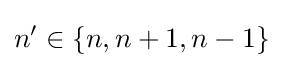
n^{\prime }\in \{n,n+1,n-1\}